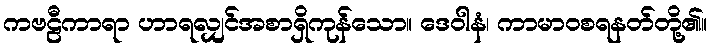
ကဗဠီကာရာ ဟာရလျှင်အစာရှိကုန်သော။ ဒေဝါနံ၊ ကာမာဝစရနတ်တို့၏။